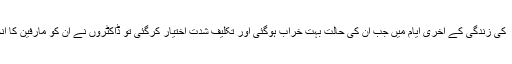
ڈاکٹر محمد اقبال ؒ کی زندگی کے آخری ایام میں جب ان کی حالت بہت خراب ہوگئی اور تکلیف شدت اختیار کرگئی تو ڈاکٹروں نے ان کو مارفین کا انجکشن تجویز کیا۔